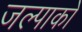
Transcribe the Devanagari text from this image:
जल्पाको